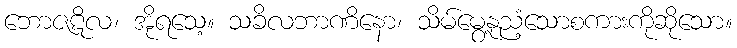
ဘောဇဋိလ၊ အိုရသေ့။ သခိလဘာဏိနော၊ သိမ်မွေ့နုညံ့သောစကားကိုဆိုသော။